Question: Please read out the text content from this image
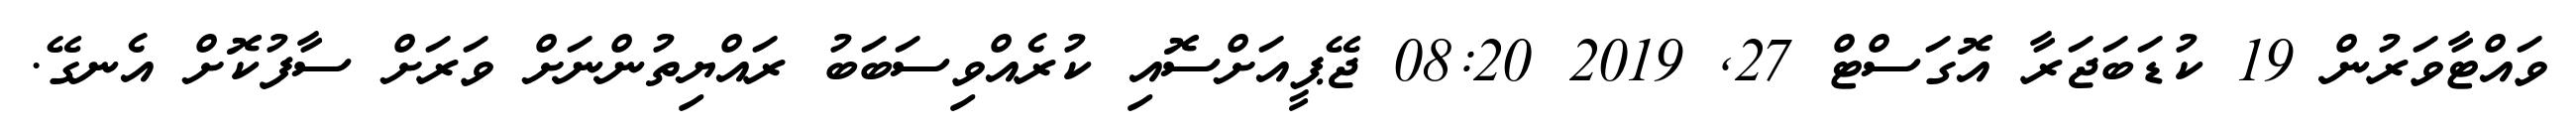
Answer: ވައްޓާވަރުން 19 ކުޑަބަޖަރާ އޮގަސްޓް 27, 2019 08:20 ޖޭޕީއަށްސޮއި ކުރެއްވިސަބަބު ރައްޔިތުންނަށް ވަރަށް ސާފުކޮށް އެނގޭ.